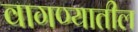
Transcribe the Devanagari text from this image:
वागण्यातील